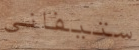
ستيفاني